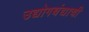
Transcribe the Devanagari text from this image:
उद्योगधंद्याची